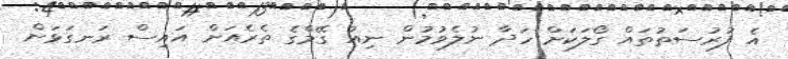
އެ ފުރުސަތުތައް ގޯލަކަށް ހަދާ ނުލެވުމުން ނިއު ގޭމްގެ ތެރެއަށް އައިސް ރަނގަޅަށް